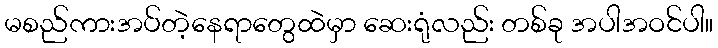
မစည်ကားအပ်တဲ့နေရာတွေထဲမှာ ဆေးရုံလည်း တစ်ခု အပါအဝင်ပါ။